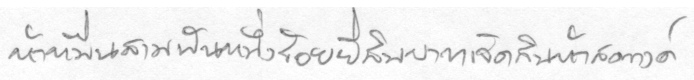
ห้าหมื่นสามพันหนึ่งร้อยยี่สิบบาทเจ็ดสิบห้าสตางค์